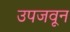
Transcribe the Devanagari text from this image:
उपजवून